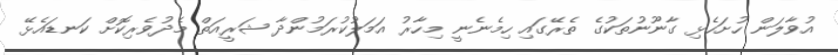
އުވާލަން ހުށަހެޅި ގާނޫނުތަކުގެ ތެރޭގައި ހިމެނެނީ މިހާރު އަމަލުކުރަމުންދާ ޝަރީއަތް މެދުވެރިކޮށް ކަނޑައެޅޭ